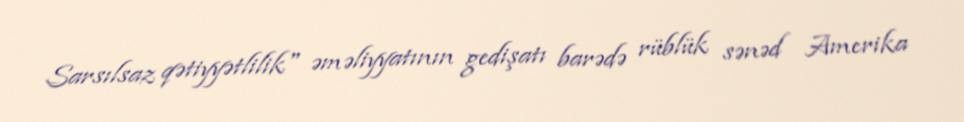
Sarsılsaz qətiyyətlilik" əməliyyatının gedişatı barədə rüblük sənəd Amerika